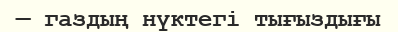
— газдың нүктегі тығыздығы